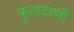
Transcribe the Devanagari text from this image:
फुलदाणी